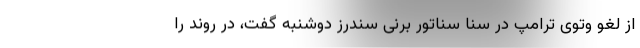
از لغو وتوی ترامپ در سنا سناتور برنی سندرز دوشنبه گفت، در روند را